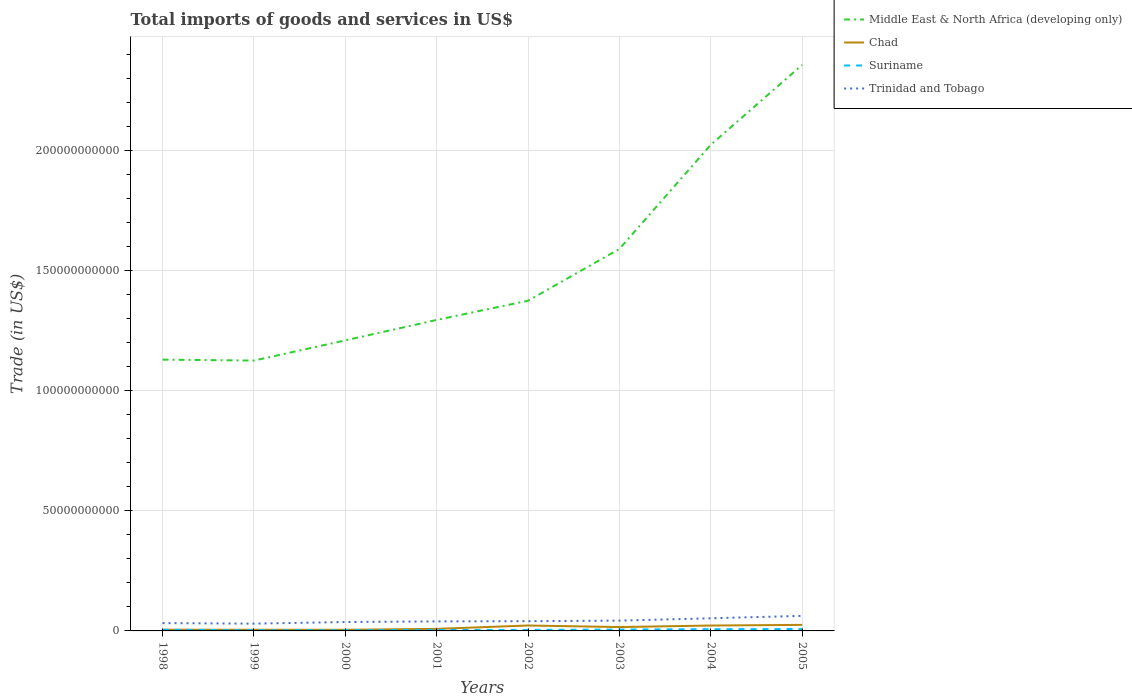
| Years | Middle East & North Africa (developing only) | Chad | Suriname | Trinidad and Tobago |
 | --- | --- | --- | --- | --- |
 | 1998 | 1.13e+11 | 5.16e+08 | 4.96e+08 | 3.25e+09 |
 | 1999 | 1.13e+11 | 4.94e+08 | 2.98e+08 | 3.03e+09 |
 | 2000 | 1.21e+11 | 4.8e+08 | 2.96e+08 | 3.71e+09 |
 | 2001 | 1.29e+11 | 8.49e+08 | 4.16e+08 | 3.96e+09 |
 | 2002 | 1.37e+11 | 2.26e+09 | 4.27e+08 | 4.06e+09 |
 | 2003 | 1.59e+11 | 1.61e+09 | 5.79e+08 | 4.28e+09 |
 | 2004 | 2.02e+11 | 2.24e+09 | 7.14e+08 | 5.26e+09 |
 | 2005 | 2.36e+11 | 2.52e+09 | 8.1e+08 | 6.27e+09 |